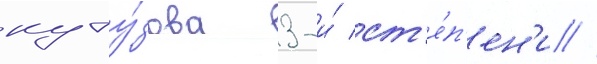
куту́зова 3-и́ ст'е́п'ен'и //